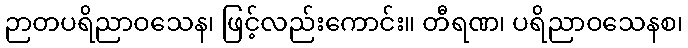
ဉာတပရိညာဝသေန၊ ဖြင့်လည်းကောင်း။ တီရဏ၊ ပရိညာဝသေနစ၊